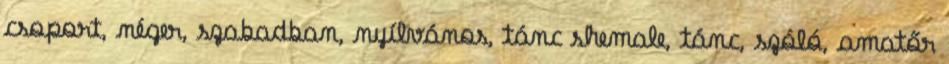
csoport, néger, szabadban, nyílvános, tánc shemale, tánc, szóló, amatőr